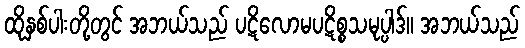
ထိုနှစ်ပါးတို့တွင် အဘယ်သည် ပဋိလောမပဋိစ္စသမုပ္ပါဒ်။ အဘယ်သည်